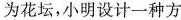
为花坛，小明设计一种方